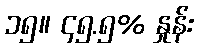
၁၅။ ၄၅.၅% နှုန်း